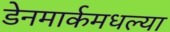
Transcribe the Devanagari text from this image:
डेनमार्कमधल्या